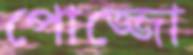
পোজ্জো